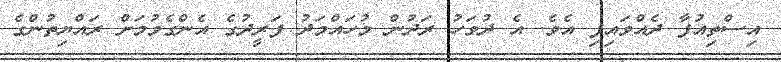
އިސްތިއުފާ ދެއްވައިފި އެވެ. އެ ދުވަހު ރަދުން މުހައްމަދު ފަރީދުގެ އެންގެވުމަށް ރައްޔިތުންގެ